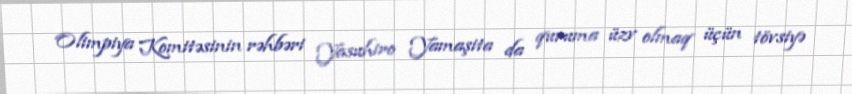
Olimpiya Komitəsinin rəhbəri Yasuhiro Yamaşita da quruma üzv olmaq üçün tövsiyə